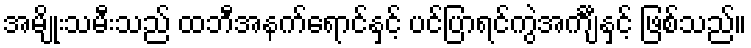
အမျိုးသမီးသည် ထဘီအနက်ရောင်နှင့် ပင်ပြာရင်ကွဲအင်္ကျီနှင့် ဖြစ်သည်။